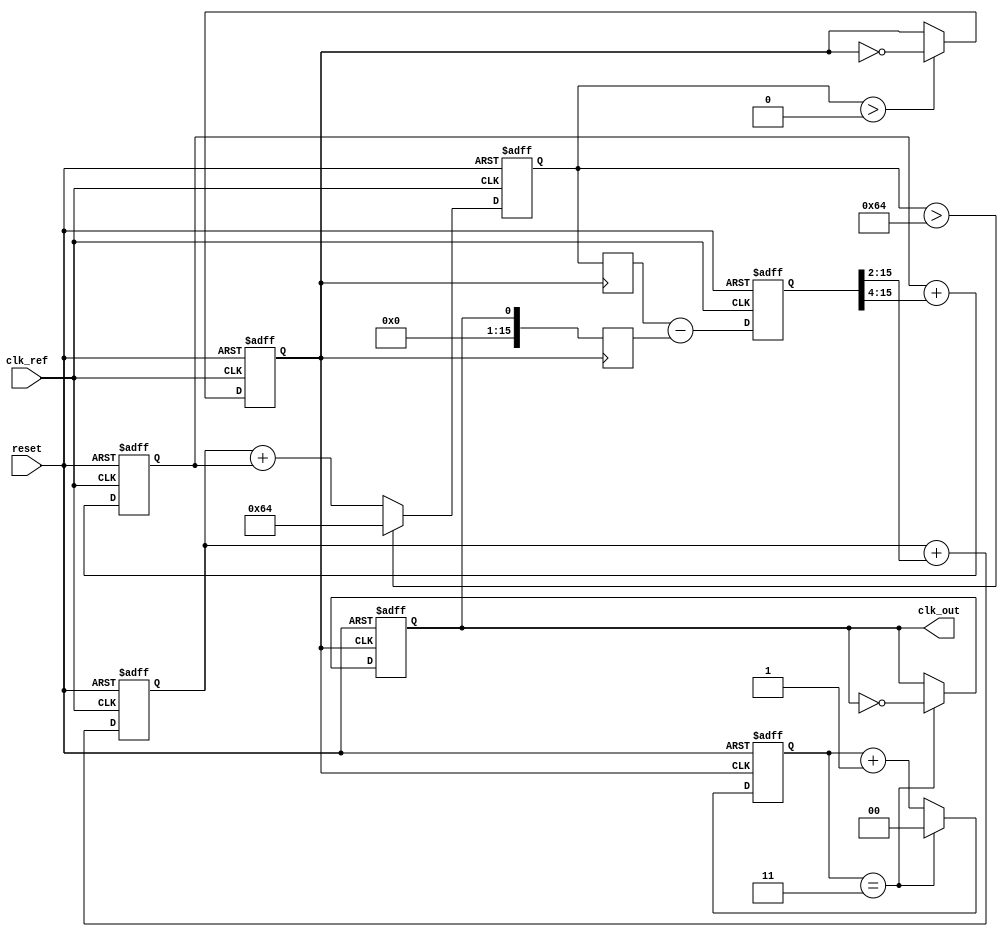
module DualLoopPLL (
    input wire clk_ref,           // Reference clock input
    input wire reset,             // Reset signal
    output reg clk_out            // Output clock signal
);

    // Parameters for PLL configuration
    parameter integer DIV_FACTOR = 4; // Frequency division factor
    parameter integer VCO_MAX_FREQ = 100; // Maximum VCO frequency (arbitrary units)

    // Internal signals
    reg [15:0] phase_error;          // Phase error signal from PD
    reg [15:0] control_voltage_inner; // Control voltage for inner loop
    reg [15:0] control_voltage_outer; // Control voltage for outer loop
    reg [15:0] vco_frequency;         // VCO frequency
    reg [15:0] feedback_inner;        // Inner feedback signal
    reg [15:0] feedback_outer;        // Outer feedback signal
    reg clk_vco;                     // VCO output clock signal
    reg [1:0] counter;               // Frequency divider counter

    // Phase Detector (PD)
    always @(posedge clk_ref or posedge reset) begin
        if (reset) begin
            phase_error <= 0;
        end else begin
            // Simple phase detection logic (for illustration)
            // In a real implementation, this would involve more complexity
            phase_error <= feedback_inner - feedback_outer; // Example phase error calculation
        end
    end

    // Loop Filter (LF)
    always @(posedge clk_ref or posedge reset) begin
        if (reset) begin
            control_voltage_inner <= 0;
            control_voltage_outer <= 0;
        end else begin
            // Simple low-pass filtering (for illustration)
            control_voltage_inner <= control_voltage_inner + (phase_error >> 2); // Smooth inner loop
            control_voltage_outer <= control_voltage_outer + (phase_error >> 4); // Smooth outer loop
        end
    end

    // Voltage-Controlled Oscillator (VCO)
    always @(posedge clk_ref or posedge reset) begin
        if (reset) begin
            vco_frequency <= 0;
            clk_vco <= 0;
        end else begin
            // Adjust VCO frequency based on control voltage
            vco_frequency <= control_voltage_inner + control_voltage_outer;
            if (vco_frequency > VCO_MAX_FREQ)
                vco_frequency <= VCO_MAX_FREQ;
            // Generate VCO output clock based on the frequency
            clk_vco <= (vco_frequency > 0) ? ~clk_vco : clk_vco; // Inverting clock signal
        end
    end

    // Frequency Divider
    always @(posedge clk_vco or posedge reset) begin
        if (reset) begin
            counter <= 0;
            clk_out <= 0;
        end else begin
            if (counter == DIV_FACTOR - 1) begin
                clk_out <= ~clk_out; // Toggle output clock
                counter <= 0; // Reset counter
            end else begin
                counter <= counter + 1; // Increment counter
            end
        end
    end

    // Inner and outer feedback logic (for illustration purposes)
    always @(posedge clk_vco) begin
        feedback_inner <= vco_frequency; // Inner feedback directly from VCO
        feedback_outer <= clk_out;       // Outer feedback from frequency divider output
    end

endmodule